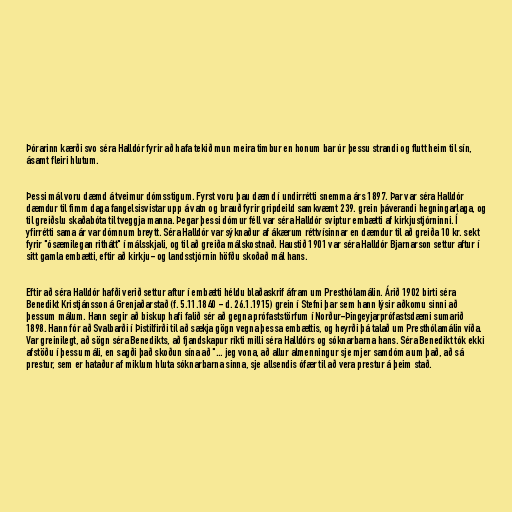
Þórarinn kærði svo séra Halldór fyrir að hafa tekið mun meira timbur en honum bar úr þessu strandi og flutt heim til sín,
ásamt fleiri hlutum.

Þessi mál voru dæmd á tveimur dómsstigum. Fyrst voru þau dæmd í undirrétti snemma árs 1897. Þar var séra Halldór
dæmdur til fimm daga fangelsisvistar upp á vatn og brauð fyrir gripdeild samkvæmt 239. grein þáverandi hegningarlaga, og
til greiðslu skaðabóta til tveggja manna. Þegar þessi dómur féll var séra Halldór sviptur embætti af kirkjustjórninni. Í
yfirrétti sama ár var dómnum breytt. Séra Halldór var sýknaður af ákærum réttvísinnar en dæmdur til að greiða 10 kr. sekt
fyrir "ósæmilegan rithátt" í málsskjali, og til að greiða málskostnað. Haustið 1901 var séra Halldór Bjarnarson settur aftur í
sitt gamla embætti, eftir að kirkju- og landsstjórnin höfðu skoðað mál hans.

Eftir að séra Halldór hafði verið settur aftur í embætti héldu blaðaskrif áfram um Presthólamálin. Árið 1902 birti séra
Benedikt Kristjánsson á Grenjaðarstað (f. 5.11.1840 - d. 26.1.1915) grein í Stefni þar sem hann lýsir aðkomu sinni að
þessum málum. Hann segir að biskup hafi falið sér að gegna prófaststörfum í Norður-Þingeyjarprófastsdæmi sumarið
1898. Hann fór að Svalbarði í Þistilfirði til að sækja gögn vegna þessa embættis, og heyrði þá talað um Presthólamálin víða.
Var greinilegt, að sögn séra Benedikts, að fjandskapur ríkti milli séra Halldórs og sóknarbarna hans. Séra Benedikt tók ekki
afstöðu í þessu máli, en sagði það skoðun sína að "... jeg vona, að allur almenningur sje mjer samdóma um það, að sá
prestur, sem er hataður af miklum hluta sóknarbarna sinna, sje allsendis ófær til að vera prestur á þeim stað.